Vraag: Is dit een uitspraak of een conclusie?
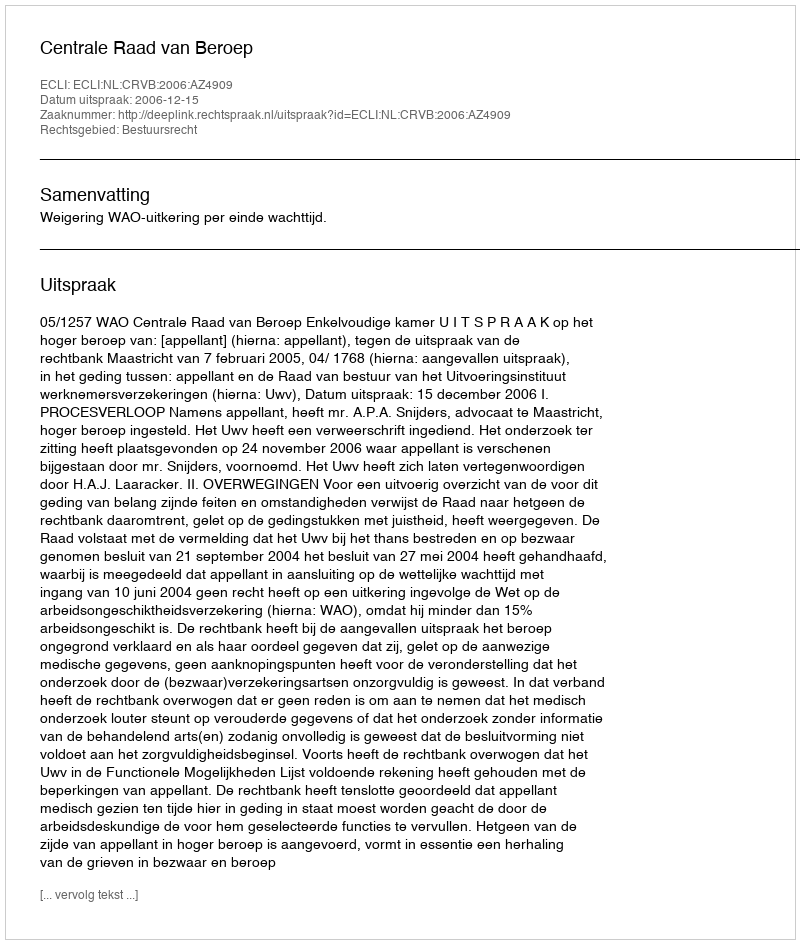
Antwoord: Uitspraak